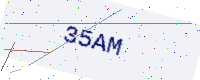
Text: 35AM